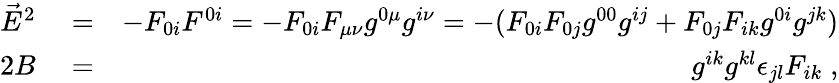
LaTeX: \begin{array}{rlr}{\vec{E}^{2}}&{{}=}&{-F_{0i}F^{0i}=-F_{0i}F_{\mu\nu}g^{0\mu}g^{i\nu}=-(F_{0i}F_{0j}g^{00}g^{ij}+F_{0j}F_{ik}g^{0i}g^{jk})}\\ {2B}&{{}=}&{g^{ik}g^{kl}\epsilon_{jl}F_{ik}\; ,}\end{array}